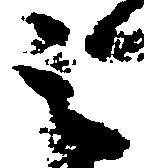
之